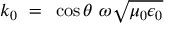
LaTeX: ~ k _ { 0 } ~ = ~ \cos \theta ~ \omega { \sqrt { \mu _ { 0 } \epsilon _ { 0 } } }